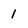
Character: 1